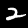
Digit: 2